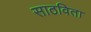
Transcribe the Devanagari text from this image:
साठविता